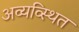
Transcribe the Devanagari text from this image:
अव्यव्स्थित